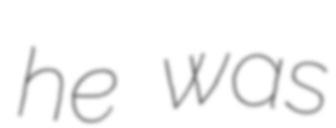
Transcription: he was